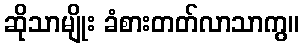
ဆိုသာမျိုး ခံစားတတ်လာသာကွ။